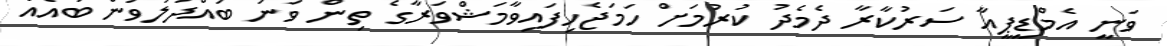
ވަނީ އެމްޑީޕީއާ ސަރުކާރާ ދެމެދު ކުރުމަށް ހަމަޖެހިފައިވާމަޝްވަރާގެ ތިން ވަނަ ބައްދަލުވުން ބައެއް